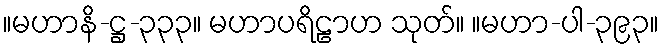
။မဟာနိ-ဋ္ဌ-၃၃၃။ မဟာပရိဠာဟ သုတ်။ ။မဟာ-ပါ-၃၉၃။